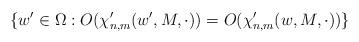
LaTeX: \begin{align*} \{w' \in \Omega: O(\chi_{n,m}'(w', M, \cdot)) = O(\chi_{n,m}'(w, M, \cdot))\} \end{align*}